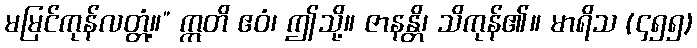
မမြင်ကုန်လတ္တံ့။” ဣတိ ဧဝံ၊ ဤသို့။ ဇာနန္တိ၊ သိကုန်၏။ မာရိသ (၄၅၅)